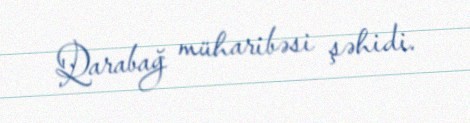
Qarabağ müharibəsi şəhidi.